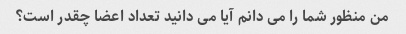
من منظور شما را می دانم آیا می دانید تعداد اعضا چقدر است؟